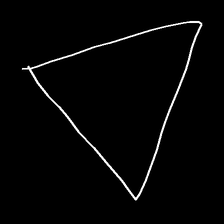
Glyph: convergence